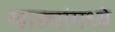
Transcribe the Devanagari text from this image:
खाड्यांमध्ये